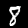
Label: 8